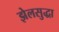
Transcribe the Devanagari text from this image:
झेलसुद्धा